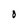
Character: O